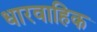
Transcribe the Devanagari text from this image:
धारवाहिक